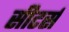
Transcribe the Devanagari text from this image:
सीटर्स